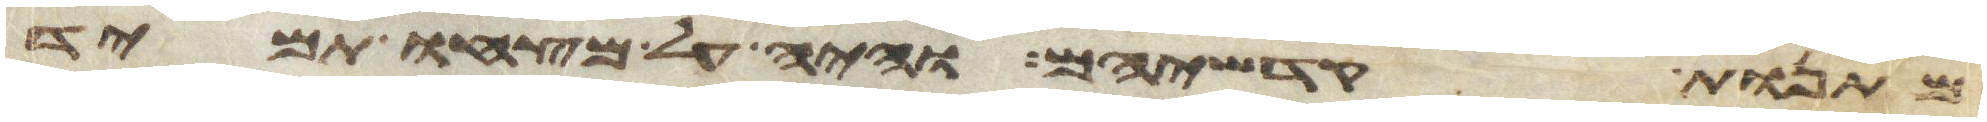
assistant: מתנות קדשיהם והיה על מצחו תמיד